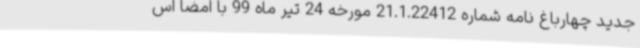
جدید چهارباغ نامه شماره 21.1.22412 مورخه 24 تیر ماه 99 با امضا اس